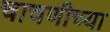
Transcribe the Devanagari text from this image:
चाचणीच्या